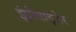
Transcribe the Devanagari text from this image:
इंप्रोवाइज़ेर